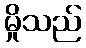
မှိုသည်